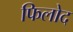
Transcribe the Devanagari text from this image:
फिलोद